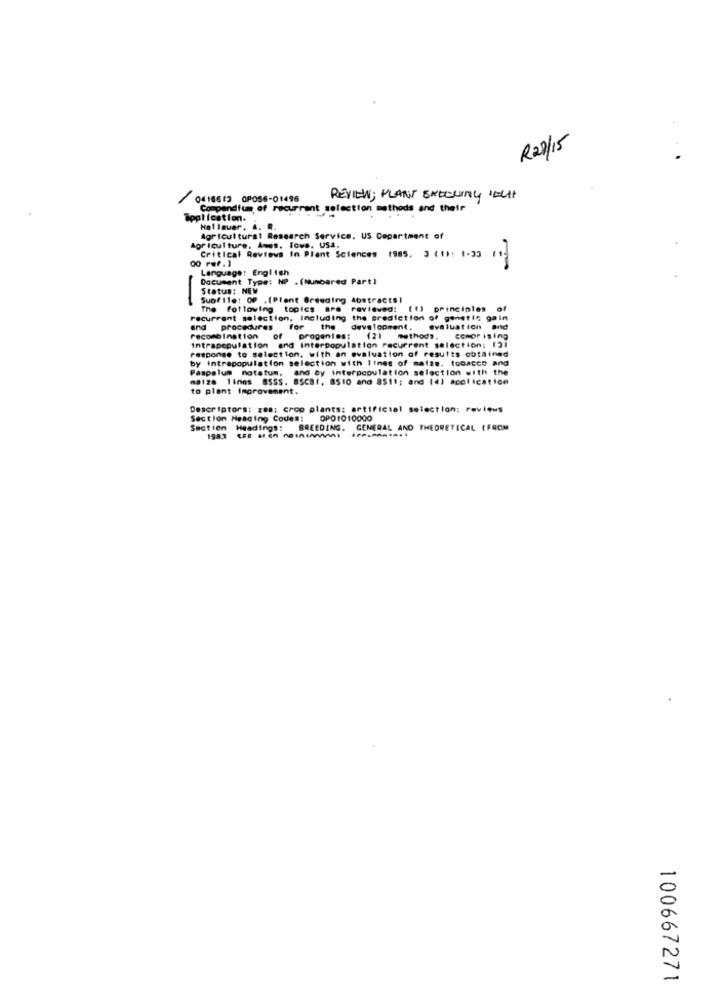
R2/15
0416613 OP056-01495
REVIEW; PLANT EXECUTING IECHT
Compendium of recurrent selection methods and their
application.
Hallauer. A. R.
Agricultural Research Service. US Department of
Agriculture, Ames. Iowe, USA,
.
00 ref.)
Critical Reviews in Plant Sciences 1985. 3 ( 1): 1-33
Language: English
Document Type: NP . (Numbered Part)
Status: NEW
-
Suofile: OP .[Plant Breeding Abstracts!
The following topics are
ravieved:
(1) principles o
recurrent selection, including the prediction of genetic gain
and procedures
for
the
development.
evaluationand
PecombInation
of
progenies: (2)
methods. compr ising
response to selection, with an evaluation of results obtained
intrapopulation and Interpopulation racurrent selection: 131
by intrapopulation selection with Itnes of maize. tobacco and
Paspalum notatum, and By interpopulation selection with the
maize lines SSSS. BSCBI, 8510 ano 8511; and (4) application
to plant Improvement.
Descriptors: zes: crop plants: artificial selection: reviews
Section Heading Codes: OP01010000
Section Headings:
BREEDING. GENERAL AND THEORETICAL (FROM
100667271